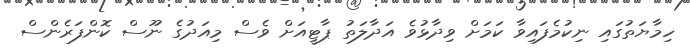
ހިމާޔަތުގައި ނިކުމެފައިވާ ކަމަށް ވިދާޅުވެ އަދާލަތު ޕާޓީއަށް ވެސް މިއަދުގެ ނޫސް ކޮންފަރެންސް